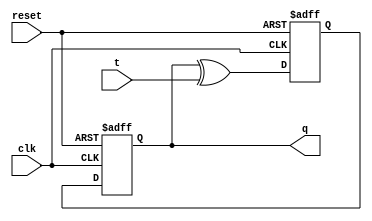
module t_flipflop (
    input wire clk,
    input wire t,
    input wire reset,
    output reg q
);

reg d;

always @(posedge clk or posedge reset) begin
    if (reset) begin
        d <= 1'b0;
    end else begin
        d <= q ^ t;
    end
end

always @(posedge clk or posedge reset) begin
    if (reset) begin
        q <= 1'b0;
    end else begin
        q <= d;
    end
end

endmodule